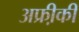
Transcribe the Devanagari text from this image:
अफ्री़की